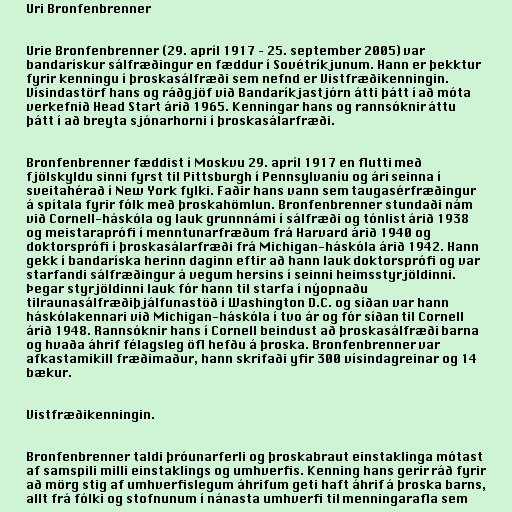
Uri Bronfenbrenner

Urie Bronfenbrenner (29. apríl 1917 – 25. september 2005) var
bandarískur sálfræðingur en fæddur í Sovétríkjunum. Hann er þekktur
fyrir kenningu í þroskasálfræði sem nefnd er Vistfræðikenningin.
Vísindastörf hans og ráðgjöf við Bandaríkjastjórn átti þátt í að móta
verkefnið Head Start árið 1965. Kenningar hans og rannsóknir áttu
þátt í að breyta sjónarhorni í þroskasálarfræði.

Bronfenbrenner fæddist í Moskvu 29. apríl 1917 en flutti með
fjölskyldu sinni fyrst til Pittsburgh í Pennsylvaníu og ári seinna í
sveitahérað í New York fylki. Faðir hans vann sem taugasérfræðingur
á spítala fyrir fólk með þroskahömlun. Bronfenbrenner stundaði nám
við Cornell-háskóla og lauk grunnnámi í sálfræði og tónlist árið 1938
og meistaraprófi í menntunarfræðum frá Harvard árið 1940 og
doktorsprófi í þroskasálarfræði frá Michigan-háskóla árið 1942. Hann
gekk í bandaríska herinn daginn eftir að hann lauk doktorsprófi og var
starfandi sálfræðingur á vegum hersins í seinni heimsstyrjöldinni.
Þegar styrjöldinni lauk fór hann til starfa í nýopnaðu
tilraunasálfræðiþjálfunastöð í Washington D.C. og síðan var hann
háskólakennari við Michigan-háskóla í tvo ár og fór síðan til Cornell
árið 1948. Rannsóknir hans í Cornell beindust að þroskasálfræði barna
og hvaða áhrif félagsleg öfl hefðu á þroska. Bronfenbrenner var
afkastamikill fræðimaður, hann skrifaði yfir 300 vísindagreinar og 14
bækur.

Vistfræðikenningin.

Bronfenbrenner taldi þróunarferli og þroskabraut einstaklinga mótast
af samspili milli einstaklings og umhverfis. Kenning hans gerir ráð fyrir
að mörg stig af umhverfislegum áhrifum geti haft áhrif á þroska barns,
allt frá fólki og stofnunum í nánasta umhverfi til menningarafla sem